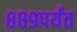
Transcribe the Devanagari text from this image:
८८९पर्यंत